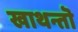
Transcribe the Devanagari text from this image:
खाथन्तॊ